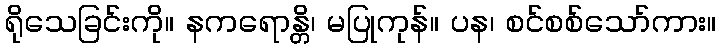
ရိုသေခြင်းကို။ နကရောန္တိ၊ မပြုကုန်။ ပန၊ စင်စစ်သော်ကား။